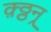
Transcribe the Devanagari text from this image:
क़्ठ्ठन्र्